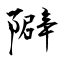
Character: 隦